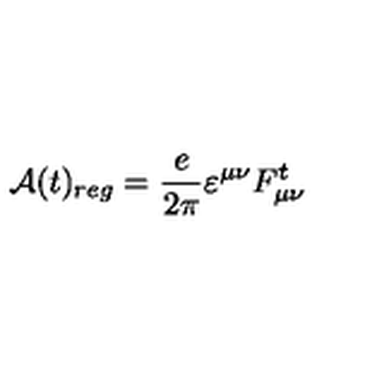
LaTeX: { \mathcal A } ( t ) _ { r e g } = \frac { e } { 2 \pi } \varepsilon ^ { \mu \nu } F _ { \mu \nu } ^ { t }